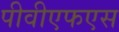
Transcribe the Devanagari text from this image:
पीवीएफएस